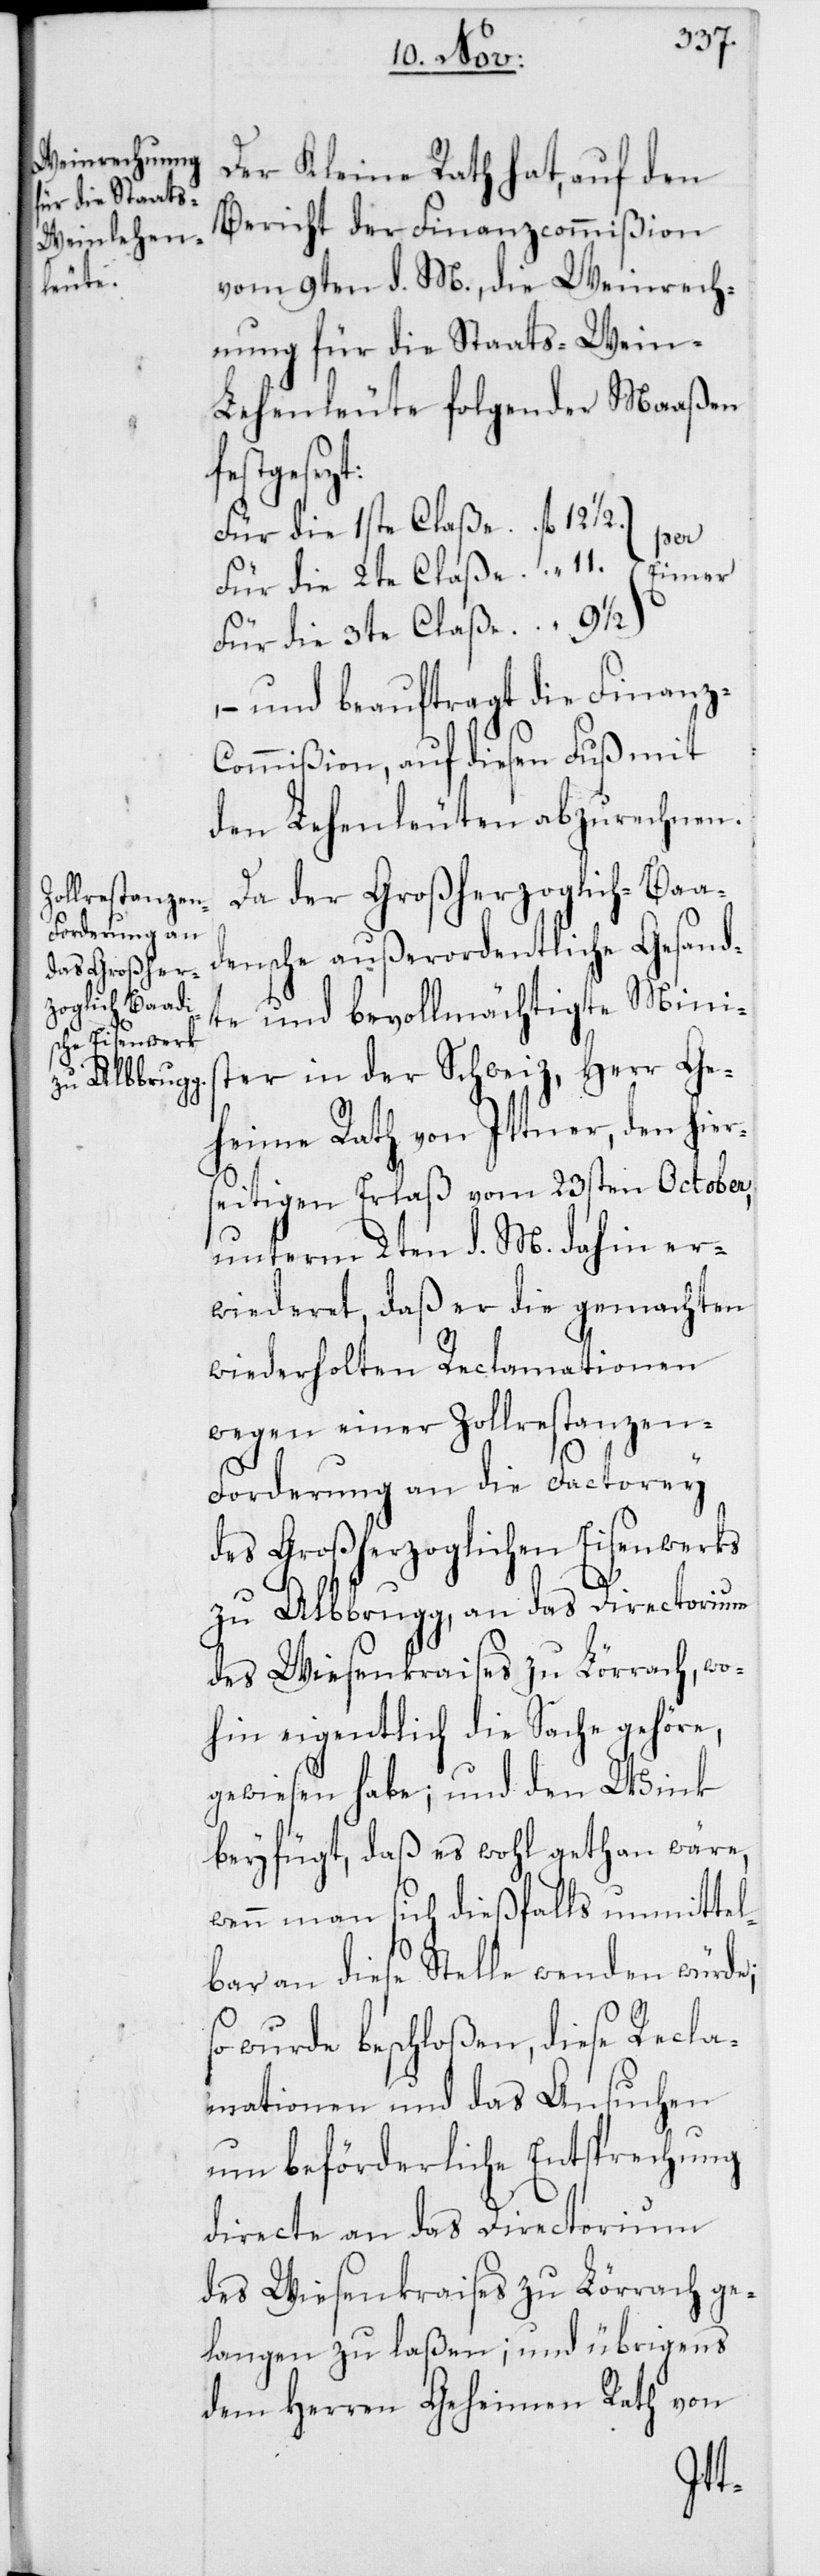
Der Kleine Rath hat, auf den
Bericht der Finanzcommißion
vom 9ten d. M., die Weinrech¬
nung für die Staats-Wein-L¬
ehenleute folgender Maaßen
festgeset¬
Für die 1ste Claße
per
Für die 3te Claße
– und beauftragt die Finanz-C¬
ommißion, auf diesen Fuß mit
den Lehenleuten abzurechnen.
Da der Großherzoglich-Baa¬
densche außerordentliche Gesand¬
te und bevollmächtige Mini¬
ster in der Schweiz, Herr Ge¬
heime Rath von Ittner, den hiers¬
eitigen Erlaß vom 23sten October,
unterm 2ten d. M. dahin er¬
wideret, daß er die gemachten
wiederholten Reclamationen
wegen einer Zollrestanzen-F¬
orderung an die Factorey
des Großherzoglichen Eisenwerks
zu Albbrugg, an das Directorium
des Wiesenkraises zu Lörrach, wo¬
hin eigentlich die Sache gehöre,
gewiesen habe; und den Wink
beyfügt, daß es wohl gethan wäre,
wenn man sich dießfalls unmittel¬
bar an diese Stelle wenden würde;
so wurde beschloßen, diese Recla¬
mationen und das Ansuchen
um beförderliche Entsprechung
directe an das Directorium
des Wiesenkraises zu Lörrach ge¬
langen zu laßen; und übrigens
dem Herren Geheimen Rath von
fl.